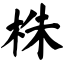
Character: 株